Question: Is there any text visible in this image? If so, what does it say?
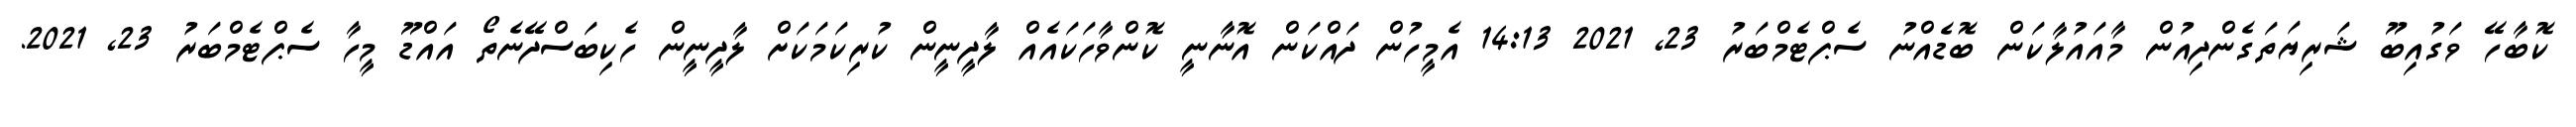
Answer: ކޮބާހޭ ވަގުއިބޫ ޝަރިޔަތަގެންދިއުން މާއައުލާކަން ބޮޑެއްނު ސެޕްޓެމްބަރު 23, 2021 14:13 އެމީހުން ދައްކަން އޮނާނީ ކޮންވާހަކައެއް ލާދީނީން ކުރިކަމަކަށް ލާދީނީން ހެކިބަސްދޭނެތޯ އައްޑޫ މީހާ ސެޕްޓެމްބަރު 23, 2021.